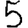
Digit: 5